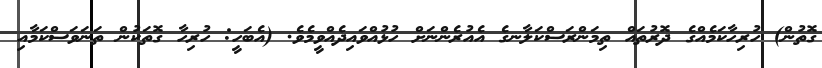
ގޮތުން) ހުރިހާކަމެއްގެ ދޮރުތައް ތިމަންރަސްކަލާނގެ އެއުރެންނަށް ހުޅުއްވައިދެއްވީމެވެ. (އެބަހީ: ހުރިހާ ގޮތަކުން ތަނަވަސްކަމާއި